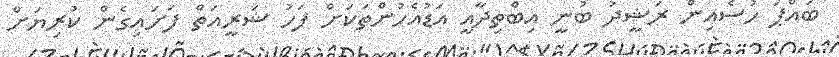
ބައްޕަ ހުސެއިން ރަޝީދު ބުނީ އިބްތިދާއީ އަޑުއެހުންތަކަށް ފަހު ޝަރީއަތް ފަށައިގެން ކުރިޔަށް